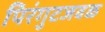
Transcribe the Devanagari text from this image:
पिरंगुटजवळ